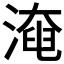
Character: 𣼜